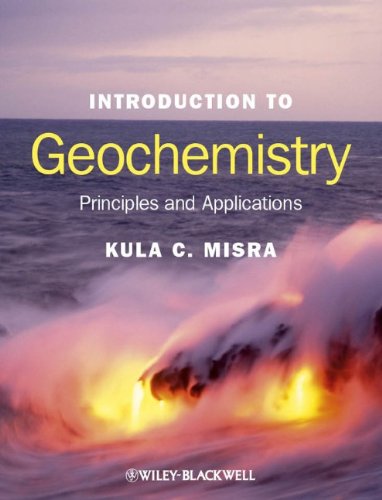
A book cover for Introduction to Geochemistry: Principles and Applications; Kula C. Misra; Science & Math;